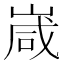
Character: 嵅